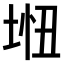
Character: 𫭵